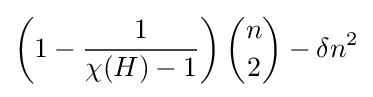
\left(1-{\frac {1}{\chi (H)-1}}\right){\binom {n}{2}}-\delta n^{2}